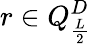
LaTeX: r\in Q_{\frac{L}{2}}^{D}